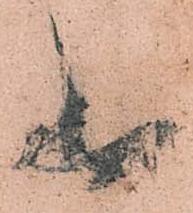
頼